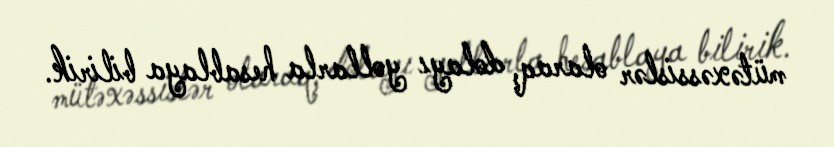
mütəxəssislər olaraq, dolayı yollarla hesablaya bilirik.